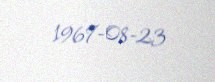
1967-08-23